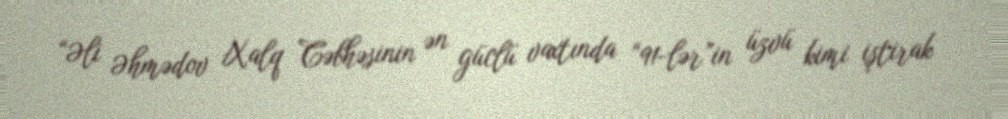
“Əli Əhmədov Xalq Cəbhəsinin ən güclü vaxtında “91-lər”in üzvü kimi iştirak